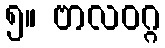
၅။ ဗာလဝဂ္ဂ